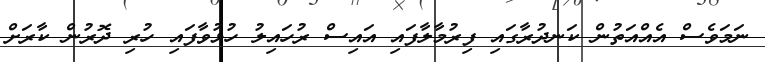
ނަމަވެސް އެއްއަތުން ކަނދުރާގައި ފިރުމާލާފައި އައިސް ރުހައިލު ހުޅުވާފައި ހުރި ދޮރުން ކާރަށް